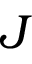
J